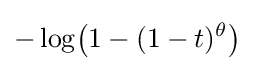
-\log \!\left(1-(1-t)^{\theta }\right)